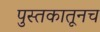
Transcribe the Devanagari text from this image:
पुस्तकातूनच